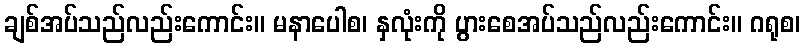
ချစ်အပ်သည်လည်းကောင်း။ မနာပေါစ၊ နှလုံးကို ပွားစေအပ်သည်လည်းကောင်း။ ဂရုစ၊